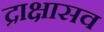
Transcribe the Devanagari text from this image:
द्राक्षासव